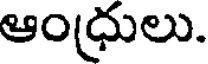
ఆంధ్రులు.